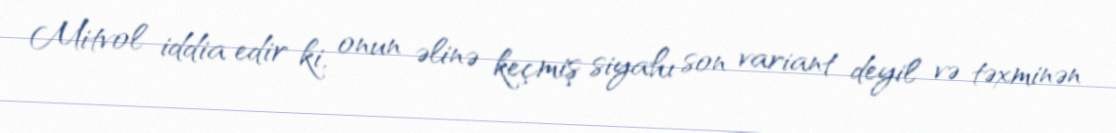
Mitvol iddia edir ki, onun əlinə keçmiş siyahı son variant deyil və təxminən